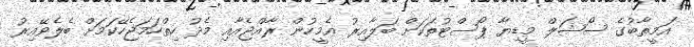
އަމީތާބުގެ ސޯޝަލް މީޑިޔާ ޕޯސްޓުތަކަށް ބަލާއިރު އެމީހުން ރާއްޖެއާއި މެދު ހިތްހަމަޖެހޭކަމަށް ބެލެވޭއިރު